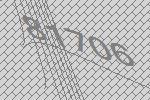
81706